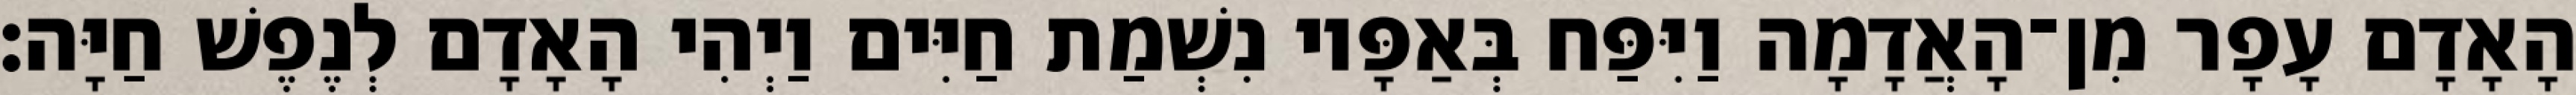
הָאָדָם עָפָר מִן־הָאֲדָמָה וַיִּפַּח בְּאַפָּיו נִשְׁמַת חַיִּים וַיְהִי הָאָדָם לְנֶפֶשׁ חַיָּה׃